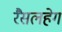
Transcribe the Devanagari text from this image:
रैसलहेग